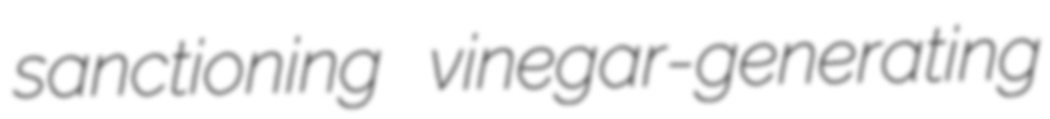
sanctioning vinegar-generating